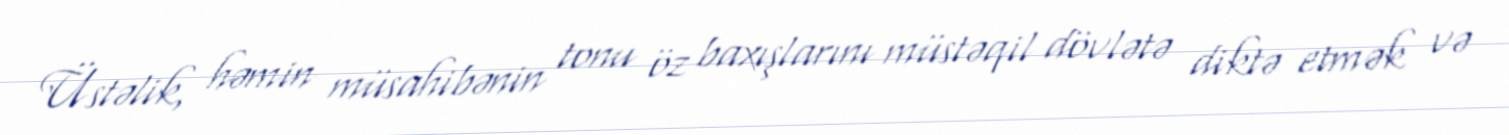
Üstəlik, həmin müsahibənin tonu öz baxışlarını müstəqil dövlətə diktə etmək və